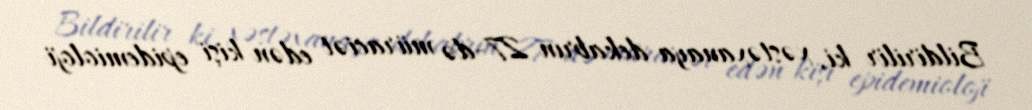
Bildirilir ki, xəstəxanaya dekabrın 27-də müraciət edən kişi epidemioloji